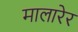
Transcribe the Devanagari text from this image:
मालारेर